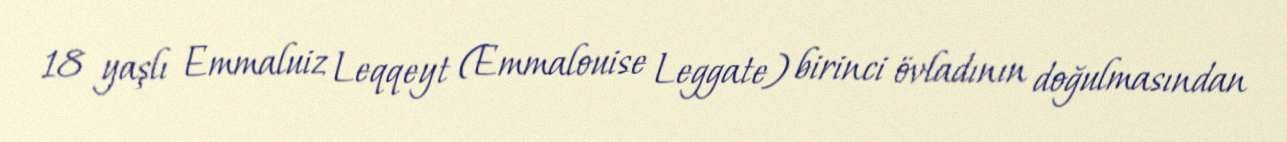
18 yaşlı Emmaluiz Leqqeyt (Emmalouise Leggate) birinci övladının doğulmasından